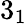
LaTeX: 3_{1}